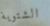
الشتوية